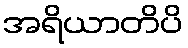
အရိယာတိပိ